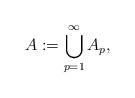
LaTeX: \begin{align*} A := \bigcup_{p=1}^{\infty} A_p, \end{align*}